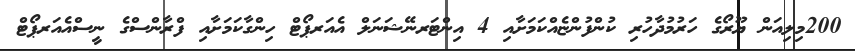
200މިލިއަން ޔޫރޯގެ ހަރުމުދާހުރި ކުންފުންޏެއްކަމަށާއި 4 އިންޓަރނޭޝަނަލް އެއަރޕޯޓް ހިންގާކަމަށާއި ފްރާންސްގެ ނީސްއެއަރޕޯޓް